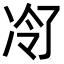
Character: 𪞠